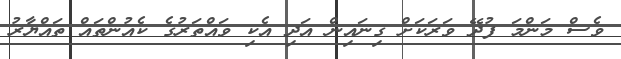
ވެސް މަންމަ ފުދޭ ވަރަކަށް ގިނައިން އަދި އެކި ވައްތަރުގެ ކެއުންތައް ތައްޔާރު